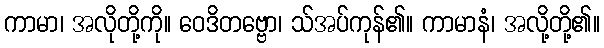
ကာမာ၊ အလိုတို့ကို။ ဝေဒိတဗ္ဗော၊ သ်အပ်ကုန်၏။ ကာမာနံ၊ အလို့တို့၏။